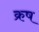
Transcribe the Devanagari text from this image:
क्रष